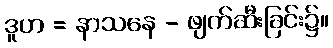
ဒူဟ = နာသနေ - ဖျက်ဆီးခြင်း၌။